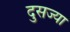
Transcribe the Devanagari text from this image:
दुसज्या